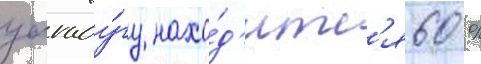
уагаду́гу нахо́д'итс'я 60 %